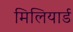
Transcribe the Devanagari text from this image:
मिलियार्ड